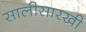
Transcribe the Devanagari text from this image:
सालीसारखी